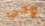
وحي